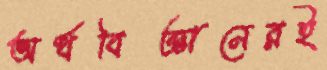
অর্থবিজ্ঞানেরই